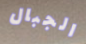
الجبال